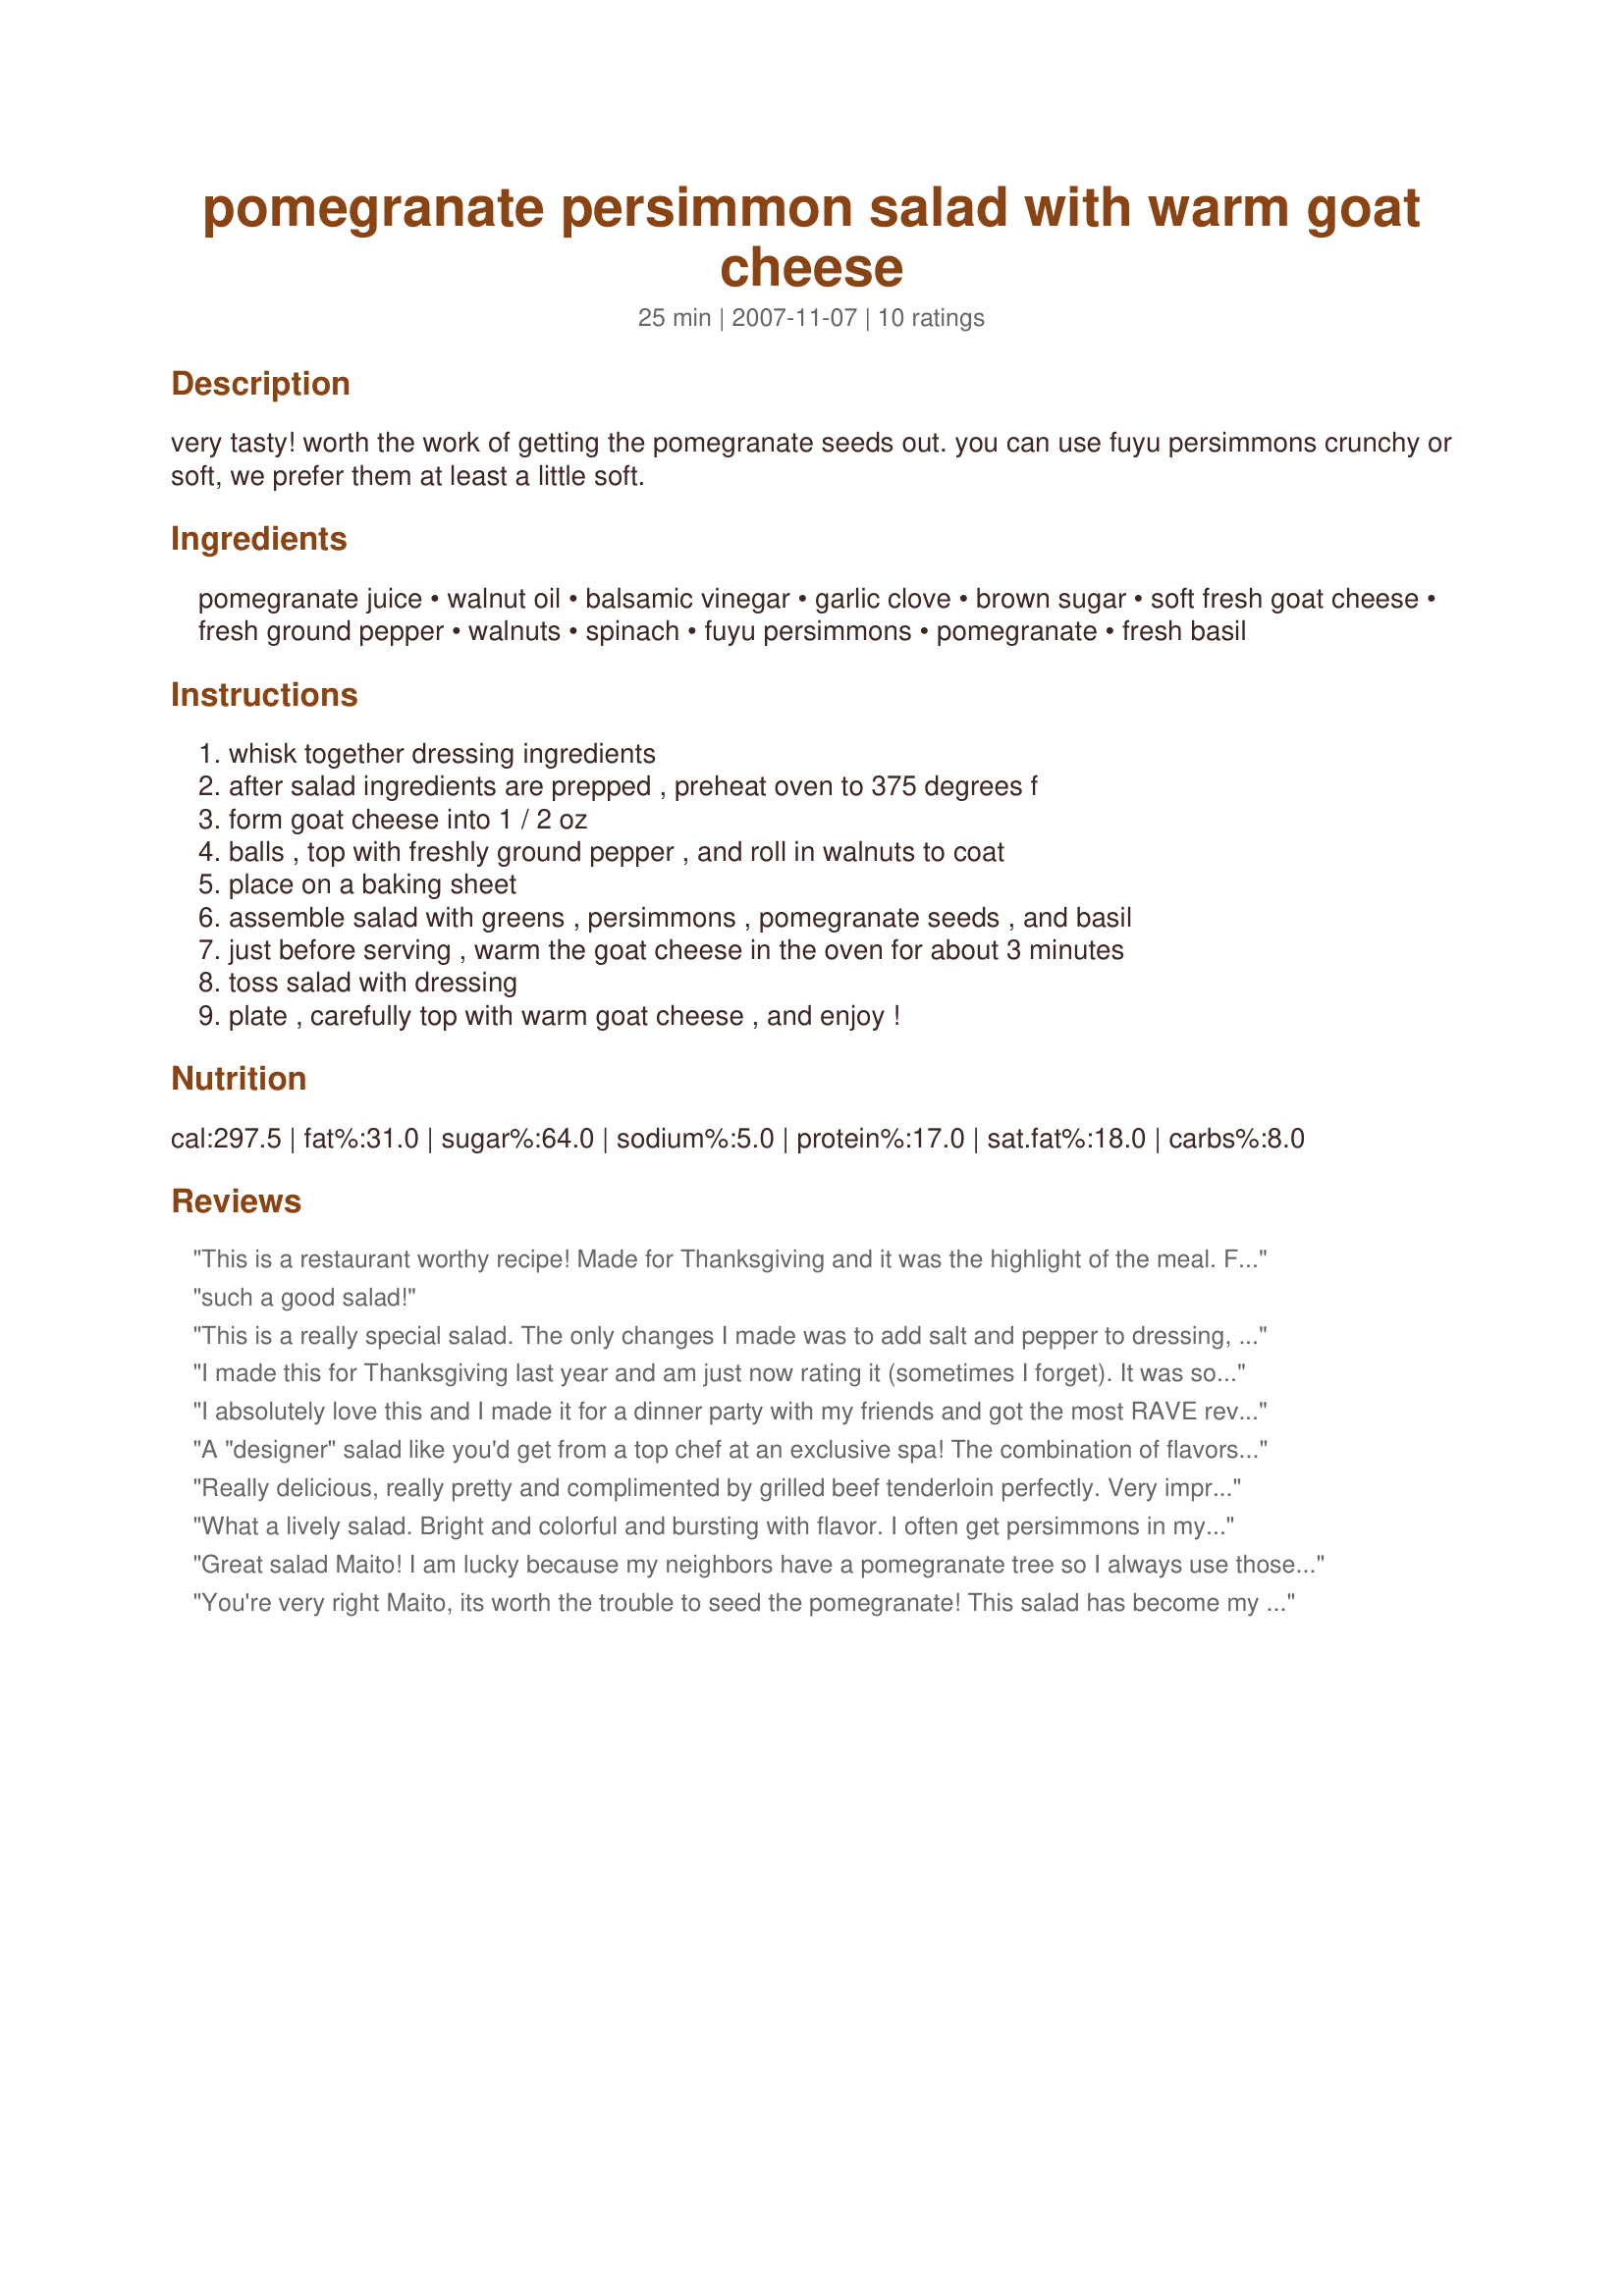
pomegranate persimmon salad with warm goat cheese
Preparation time: 25 minutes

very tasty! worth the work of getting the pomegranate seeds out. you can use fuyu persimmons crunchy or soft, we prefer them at least a little soft.

Ingredients:
pomegranate juice, walnut oil, balsamic vinegar, garlic clove, brown sugar, soft fresh goat cheese, fresh ground pepper, walnuts, spinach, fuyu persimmons, pomegranate, fresh basil

Steps:
whisk together dressing ingredients, after salad ingredients are prepped , preheat oven to 375 degrees f, form goat cheese into 1 / 2 oz, balls , top with freshly ground pepper , and roll in walnuts to coat, place on a baking sheet, assemble salad with greens , persimmons , pomegranate seeds , and basil, just before serving , warm the goat cheese in the oven for about 3 minutes, toss salad with dressing, plate , carefully top with warm goat cheese , and enjoy !

Reviews:
This is a restaurant worthy recipe! Made for Thanksgiving and it was the highlight of the meal. Followed recipe exactly and it turned out fabulous. Even the dressing was delicious. Thank you Maito!
such a good salad!
This is a really special salad. The only changes I made was to add salt and pepper to dressing, toasted the walnuts and rolled the goat cheese into balls and coated with ground walnuts before freezing and then baking. Very delicious and worth the extra cost and effort.
I made this for Thanksgiving last year and am just now rating it (sometimes I forget). It was so good - probably my best holiday salad ever. I think I ended up omitting the fresh basil, as our plant had died by then. While I'm sure it would have made a delicious addition, I felt okay about leaving it out since it's not in season at the same time as the other ingredients.
I absolutely love this and I made it for a dinner party with my friends and got the most RAVE reviews! It was the hit of the weekend and I had to make everyone copies of the recipe to take home. I would give this 10 stars!!!!
A "designer" salad like you'd get from a top chef at an exclusive spa! The combination of flavors is incredible and even non-salad lovers will clear their plate! Very impressive and not hard to make if you can find the ingredients. The dressing's good on its own too, and I'll make it again for other salads.
Really delicious, really pretty and complimented by grilled beef tenderloin perfectly. Very impressive in taste and presentation!
What a lively salad. Bright and colorful and bursting with flavor. I often get persimmons in my coop box and have no idea what to do with them. .. and last week I received both persimmons AND a pomegranate so this was the perfect recipe. I didn't make the goat cheese cakes (or warm them either) since I was taking it to a potluck dinner - I just left the goat cheese crumbles on top. Delish! Thanks for sharing!
Great salad Maito! I am lucky because my neighbors have a pomegranate tree so I always use those but wanted to let you know that Trader Joes has pomegrate seeds ready to go in the refrigerator case with the salads. This make it easier to make. The persimmons and pomegranate go very nicely together. I really enjoyed the dressing and I think the walnut oil really gives it a great flavor. The warm goat cheese is yummy!! I will definitely make this a lot!
You're very right Maito, its worth the trouble to seed the pomegranate! This salad has become my new favorite for fall, the warm goat cheese was perfect! I loved how the garlic balanced the sweetness of the pom seeds and persimmons. I also used fresh basil which I think it a must for the salad. Perfect, perfect, wouldn't change a thing! Will make again!
